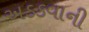
અડકવાની